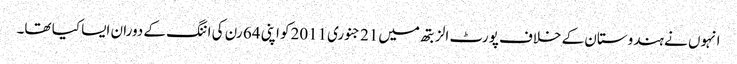
انہوں نے ہندوستان کے خلاف پورٹ الزبتھ میں21 جنوری2011کو اپنی 64 رن کی اننگ کے دوران ایسا کیا تھا۔